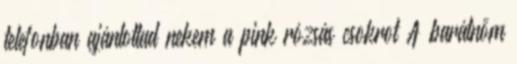
telefonban ajánlottad nekem a pink rózsás csokrot A barátnőm